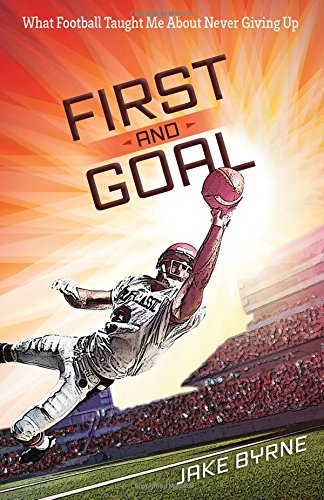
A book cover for First and Goal: What Football Taught Me About Never Giving Up; Jake Byrne; Christian Books & Bibles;